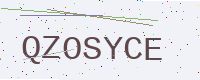
Text: QZOSYCE